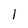
Character: 1